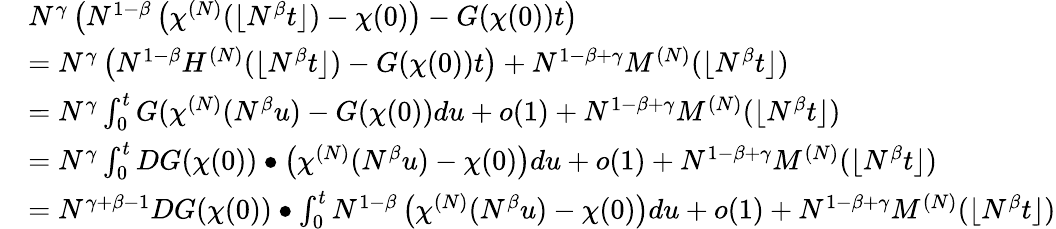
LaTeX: \begin{array}{rl}&{N^{\gamma}\left(N^{1-\beta}\left(\chi^{(N)}(\lfloor N^{\beta}t\rfloor)-\chi(0)\right)-G(\chi(0))t\right)}\\ &{=N^{\gamma}\left(N^{1-\beta}H^{(N)}(\lfloor N^{\beta}t\rfloor)-G(\chi(0))t\right)+N^{1-\beta+\gamma}M^{(N)}(\lfloor N^{\beta}t\rfloor)}\\ &{=N^{\gamma}\int_{0}^{t}G(\chi^{(N)}(N^{\beta}u)-G(\chi(0))du+o(1)+N^{1-\beta+\gamma}M^{(N)}(\lfloor N^{\beta}t\rfloor)}\\ &{=N^{\gamma}\int_{0}^{t}DG(\chi(0))\bullet\left(\chi^{(N)}(N^{\beta}u)-\chi(0)\right)du+o(1)+N^{1-\beta+\gamma}M^{(N)}(\lfloor N^{\beta}t\rfloor)}\\ &{=N^{\gamma+\beta-1}DG(\chi(0))\bullet\int_{0}^{t}N^{1-\beta}\left(\chi^{(N)}(N^{\beta}u)-\chi(0)\right)du+o(1)+N^{1-\beta+\gamma}M^{(N)}(\lfloor N^{\beta}t\rfloor)}\end{array}